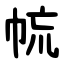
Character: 㡆